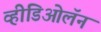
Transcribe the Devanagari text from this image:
व्हीडिओलॅन